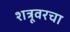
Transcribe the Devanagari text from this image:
शत्रूवरचा